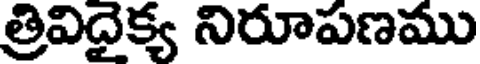
త్రివిదైక్య నిరూపణము